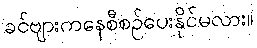
ခင်ဗျားကနေစီစဉ်ပေးနိုင်မလား။